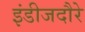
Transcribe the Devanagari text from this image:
इंडीजदौरे